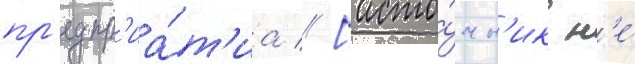
пр'едпр'иа́т'иа // [исто́чн'ик н'е́